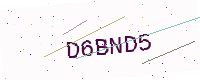
Text: D6BND5